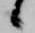
候